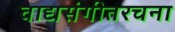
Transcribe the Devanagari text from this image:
वाद्यसंगीतरचना